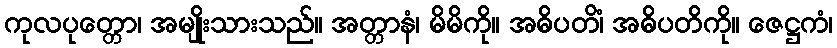
ကုလပုတ္တော၊ အမျိုးသားသည်။ အတ္တာနံ၊ မိမိကို။ အဓိပတိံ၊ အဓိပတိကို။ ဇေဋ္ဌကံ၊